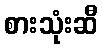
စားသုံးဆီ